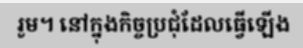
រូម។ នៅក្នុងកិច្ចប្រជុំដែលធ្វើឡើង